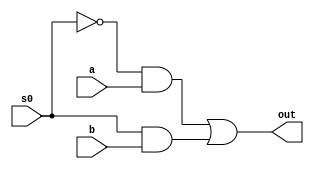
module q2x1_MUX(input s0,a,b, output out);
wire w1,w2,inv_s0;
not a1(inv_s0,s0);
and a2(w1,inv_s0,a);
and a3(w2,s0,b);
or a4(out,w1,w2);
endmodule



module mux4x1(input s0,s1,a,b,c,d, output out);

wire w1,w2;
q2x1_MUX m21_1(s0,a,b,w1);
q2x1_MUX m21_2(s0,c,d,w2);
q2x1_MUX m21_3(s1,w1,w2,out);


endmodule